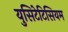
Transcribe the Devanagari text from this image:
युसिटेटिसियम